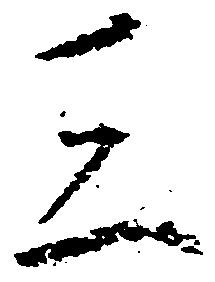
三